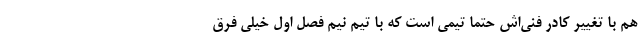
هم با تغییر کادر فنی‌اش حتما تیمی است که با تیم نیم فصل اول خیلی فرق